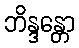
ဘိန္ဒန္တော